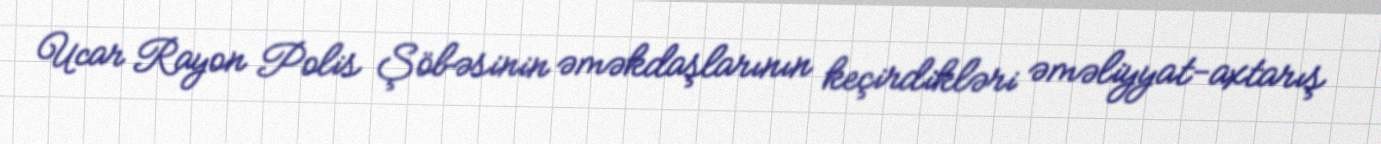
Ucar Rayon Polis Şöbəsinin əməkdaşlarının keçirdikləri əməliyyat-axtarış